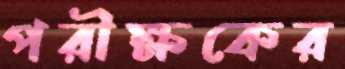
পরীক্ষকের